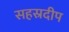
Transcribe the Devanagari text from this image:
सहस्रदीप